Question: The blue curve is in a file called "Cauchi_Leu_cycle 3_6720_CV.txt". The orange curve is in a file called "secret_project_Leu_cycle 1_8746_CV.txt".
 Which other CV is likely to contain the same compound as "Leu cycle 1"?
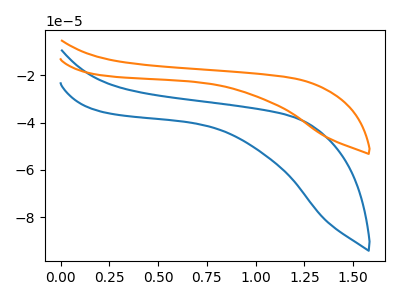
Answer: <think>The blue curve "Leu cycle 3" has no peaks. The orange curve "Leu cycle 1" has no peaks.
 Neither "Leu cycle 3" or "Leu cycle 1" have any peaks.</think>
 <answer>The CV with the most similar shape to "Leu cycle 3" is "Leu cycle 1".</answer>
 <eval>"Leu cycle 1"</eval>